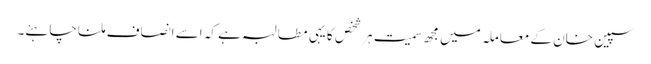
سپین خان کے معاملہ میں مجھ سمیت ہرشخص کا یہی مطالبہ ہے کہ اسے انصاف ملنا چاہئے۔